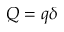
Q = q \delta